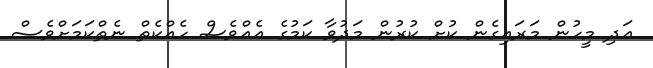
އަދި މީހުން މަރައިގެން ކުށް ކުރުން މަދުވާ ކަމުގެ އެއްވެސް ހެއްކެތް ނެތްކަމަށްވެސް